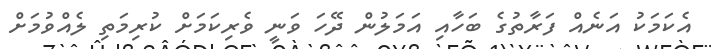
އެކަމަކު އަނެއް ފަރާތުގެ ބަހާއި އަމަލުން ދޭހަ ވަނީ ވެރިކަމަށް ކުރިމަތި ލެއްވުމަށް